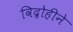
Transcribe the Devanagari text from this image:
विद्रोहीने